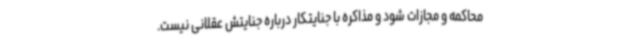
محاکمه و مجازات شود و مذاکره با جنایتکار درباره جنایتش عقلانی نیست.